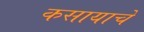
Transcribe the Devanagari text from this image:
कसायाचे